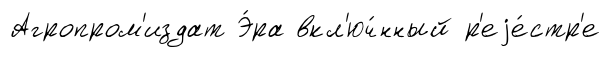
Агропром'издат Э́ра вкл'юч́нный р'еjе́стр'е